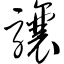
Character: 骧